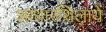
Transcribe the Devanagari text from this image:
आधारशिलायें